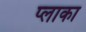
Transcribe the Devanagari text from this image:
प्लाका